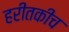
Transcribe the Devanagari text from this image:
हरीतकीच